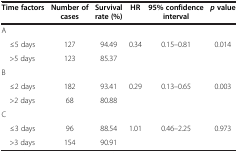
<table><thead><tr><td><b>Time factors</b></td><td><b>Number of cases</b></td><td><b>Survival rate (%)</b></td><td><b>HR</b></td><td><b>95% confidence interval</b></td><td><b><i>p </i>value</b></td></tr></thead><tbody><tr><td>A</td><td> </td><td> </td><td> </td><td> </td><td> </td></tr><tr><td> ≤5 days</td><td>127</td><td>94.49</td><td>0.34</td><td>0.15–0.81</td><td>0.014</td></tr><tr><td> &gt;5 days</td><td>123</td><td>85.37</td><td> </td><td> </td><td> </td></tr><tr><td>B</td><td> </td><td> </td><td> </td><td> </td><td> </td></tr><tr><td> ≤2 days</td><td>182</td><td>93.41</td><td>0.29</td><td>0.13–0.65</td><td>0.003</td></tr><tr><td> &gt;2 days</td><td>68</td><td>80.88</td><td> </td><td> </td><td> </td></tr><tr><td>C</td><td> </td><td> </td><td> </td><td> </td><td> </td></tr><tr><td> ≤3 days</td><td>96</td><td>88.54</td><td>1.01</td><td>0.46–2.25</td><td>0.973</td></tr><tr><td> &gt;3 days</td><td>154</td><td>90.91</td><td> </td><td> </td><td> </td></tr></tbody></table>